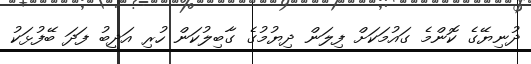
ދުނިޔޭގެ ކޮންމެ ގައުމަކަށް ފިލަން ދިޔުމުގެ ގާބިލުކަން ހުރި އަދީބު ފަދަ ބޭފުޅަކު